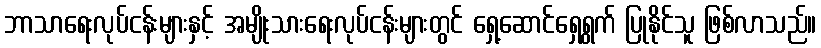
ဘာသာရေးလုပ်ငန်းများနှင့် အမျိုးသားရေးလုပ်ငန်းများတွင် ရှေ့ဆောင်ရှေ့ရွက် ပြုနိုင်သူ ဖြစ်လာသည်။